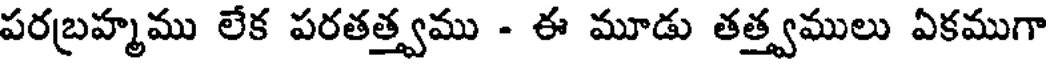
పరబ్రహ్మము లేక పరతత్త్వము - ఈ మూడు తత్త్వములు ఏకముగా